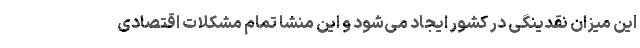
این میزان نقدینگی در کشور ایجاد می‌شود و این منشا تمام مشکلات اقتصادی